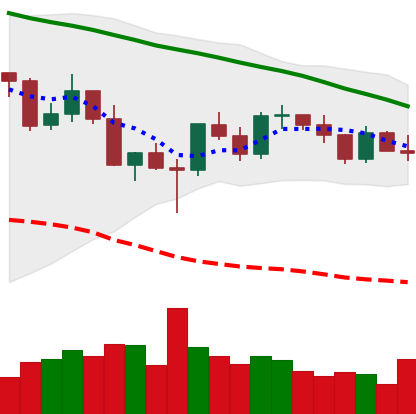
Ticker: XRP-USD
Chart end date: 2022-03-07
Forward return: 8.752%
Label: up_7plus